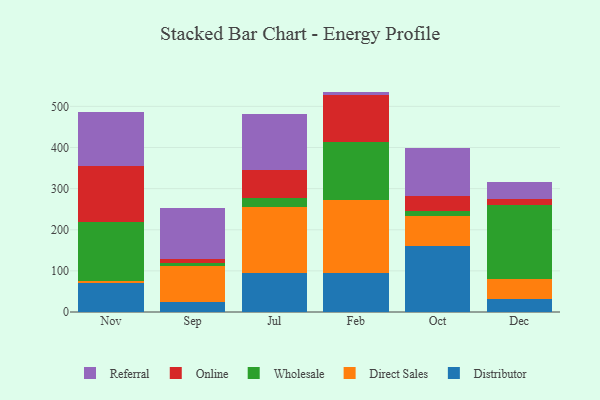
{"axis": {"x": "Month", "y": "Humidity (%)"}, "legend": ["Direct Sales", "Distributor", "Online", "Referral", "Wholesale"], "data": [{"x": "Nov", "y": 69.4, "type": "Distributor"}, {"x": "Nov", "y": 5.0, "type": "Direct Sales"}, {"x": "Nov", "y": 143.5, "type": "Wholesale"}, {"x": "Nov", "y": 137.2, "type": "Online"}, {"x": "Nov", "y": 132.1, "type": "Referral"}, {"x": "Sep", "y": 23.2, "type": "Distributor"}, {"x": "Sep", "y": 89.8, "type": "Direct Sales"}, {"x": "Sep", "y": 7.3, "type": "Wholesale"}, {"x": "Sep", "y": 9.2, "type": "Online"}, {"x": "Sep", "y": 123.3, "type": "Referral"}, {"x": "Jul", "y": 94.2, "type": "Distributor"}, {"x": "Jul", "y": 160.9, "type": "Direct Sales"}, {"x": "Jul", "y": 22.2, "type": "Wholesale"}, {"x": "Jul", "y": 68.5, "type": "Online"}, {"x": "Jul", "y": 136.7, "type": "Referral"}, {"x": "Feb", "y": 93.7, "type": "Distributor"}, {"x": "Feb", "y": 179.6, "type": "Direct Sales"}, {"x": "Feb", "y": 139.6, "type": "Wholesale"}, {"x": "Feb", "y": 115.4, "type": "Online"}, {"x": "Feb", "y": 7.6, "type": "Referral"}, {"x": "Oct", "y": 159.5, "type": "Distributor"}, {"x": "Oct", "y": 73.7, "type": "Direct Sales"}, {"x": "Oct", "y": 11.4, "type": "Wholesale"}, {"x": "Oct", "y": 37.7, "type": "Online"}, {"x": "Oct", "y": 116.5, "type": "Referral"}, {"x": "Dec", "y": 31.2, "type": "Distributor"}, {"x": "Dec", "y": 49.5, "type": "Direct Sales"}, {"x": "Dec", "y": 179.4, "type": "Wholesale"}, {"x": "Dec", "y": 13.6, "type": "Online"}, {"x": "Dec", "y": 42.2, "type": "Referral"}]}